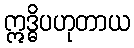
ဣဒ္ဓိပဟုတာယ